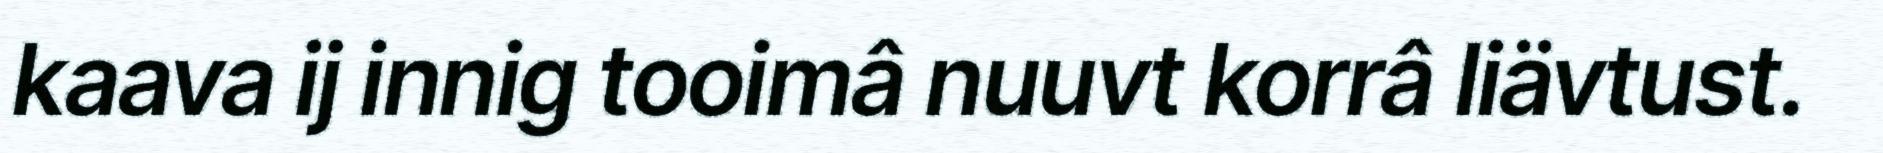
kaava ij innig tooimâ nuuvt korrâ liävtust.